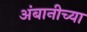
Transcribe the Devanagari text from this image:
अंबानीच्या